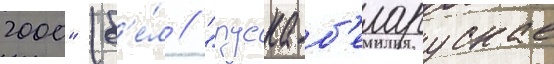
2000" (б'е́л // "руска-б'еларускае